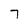
Character: 7